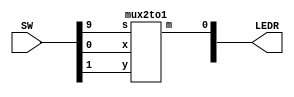
`timescale 1ns / 1ns // `timescale time_unit/time_precision

//SW[2:0] data inputs
//SW[9] select signals

//LEDR[0] output display

module mux(LEDR, SW);
    input [9:0] SW;
    output [9:0] LEDR;

    mux2to1 u0(
        .x(SW[0]),
        .y(SW[1]),
        .s(SW[9]),
        .m(LEDR[0])
        );
endmodule

module mux2to1(x, y, s, m);
    input x; //select 0
    input y; //select 1
    input s; //select signal
    output m; //output
  
    //assign m = s & y | ~s & x;
    // OR
    assign m = s ? y : x;

endmodule

module mux4to1(LEDR, SW);
	input [9:0] SW;
	
	output [9:0] LEDR;
	
	wire W0;
	wire W1;
	
	mux2to1 m0(
			.x(SW[0]),
			.y(SW[2]),
			.s(SW[4]),
			.m(W0)
			);
			
	mux2to1 m1(
			.x(SW[1]),
			.y(SW[3]),
			.s(SW[4]),
			.m(W1)
			);
			
	mux2to1 m2(
			.x(W0),
			.y(W1),
			.s(SW[5]),
			.m(LEDR[0])
			);
			
endmodule